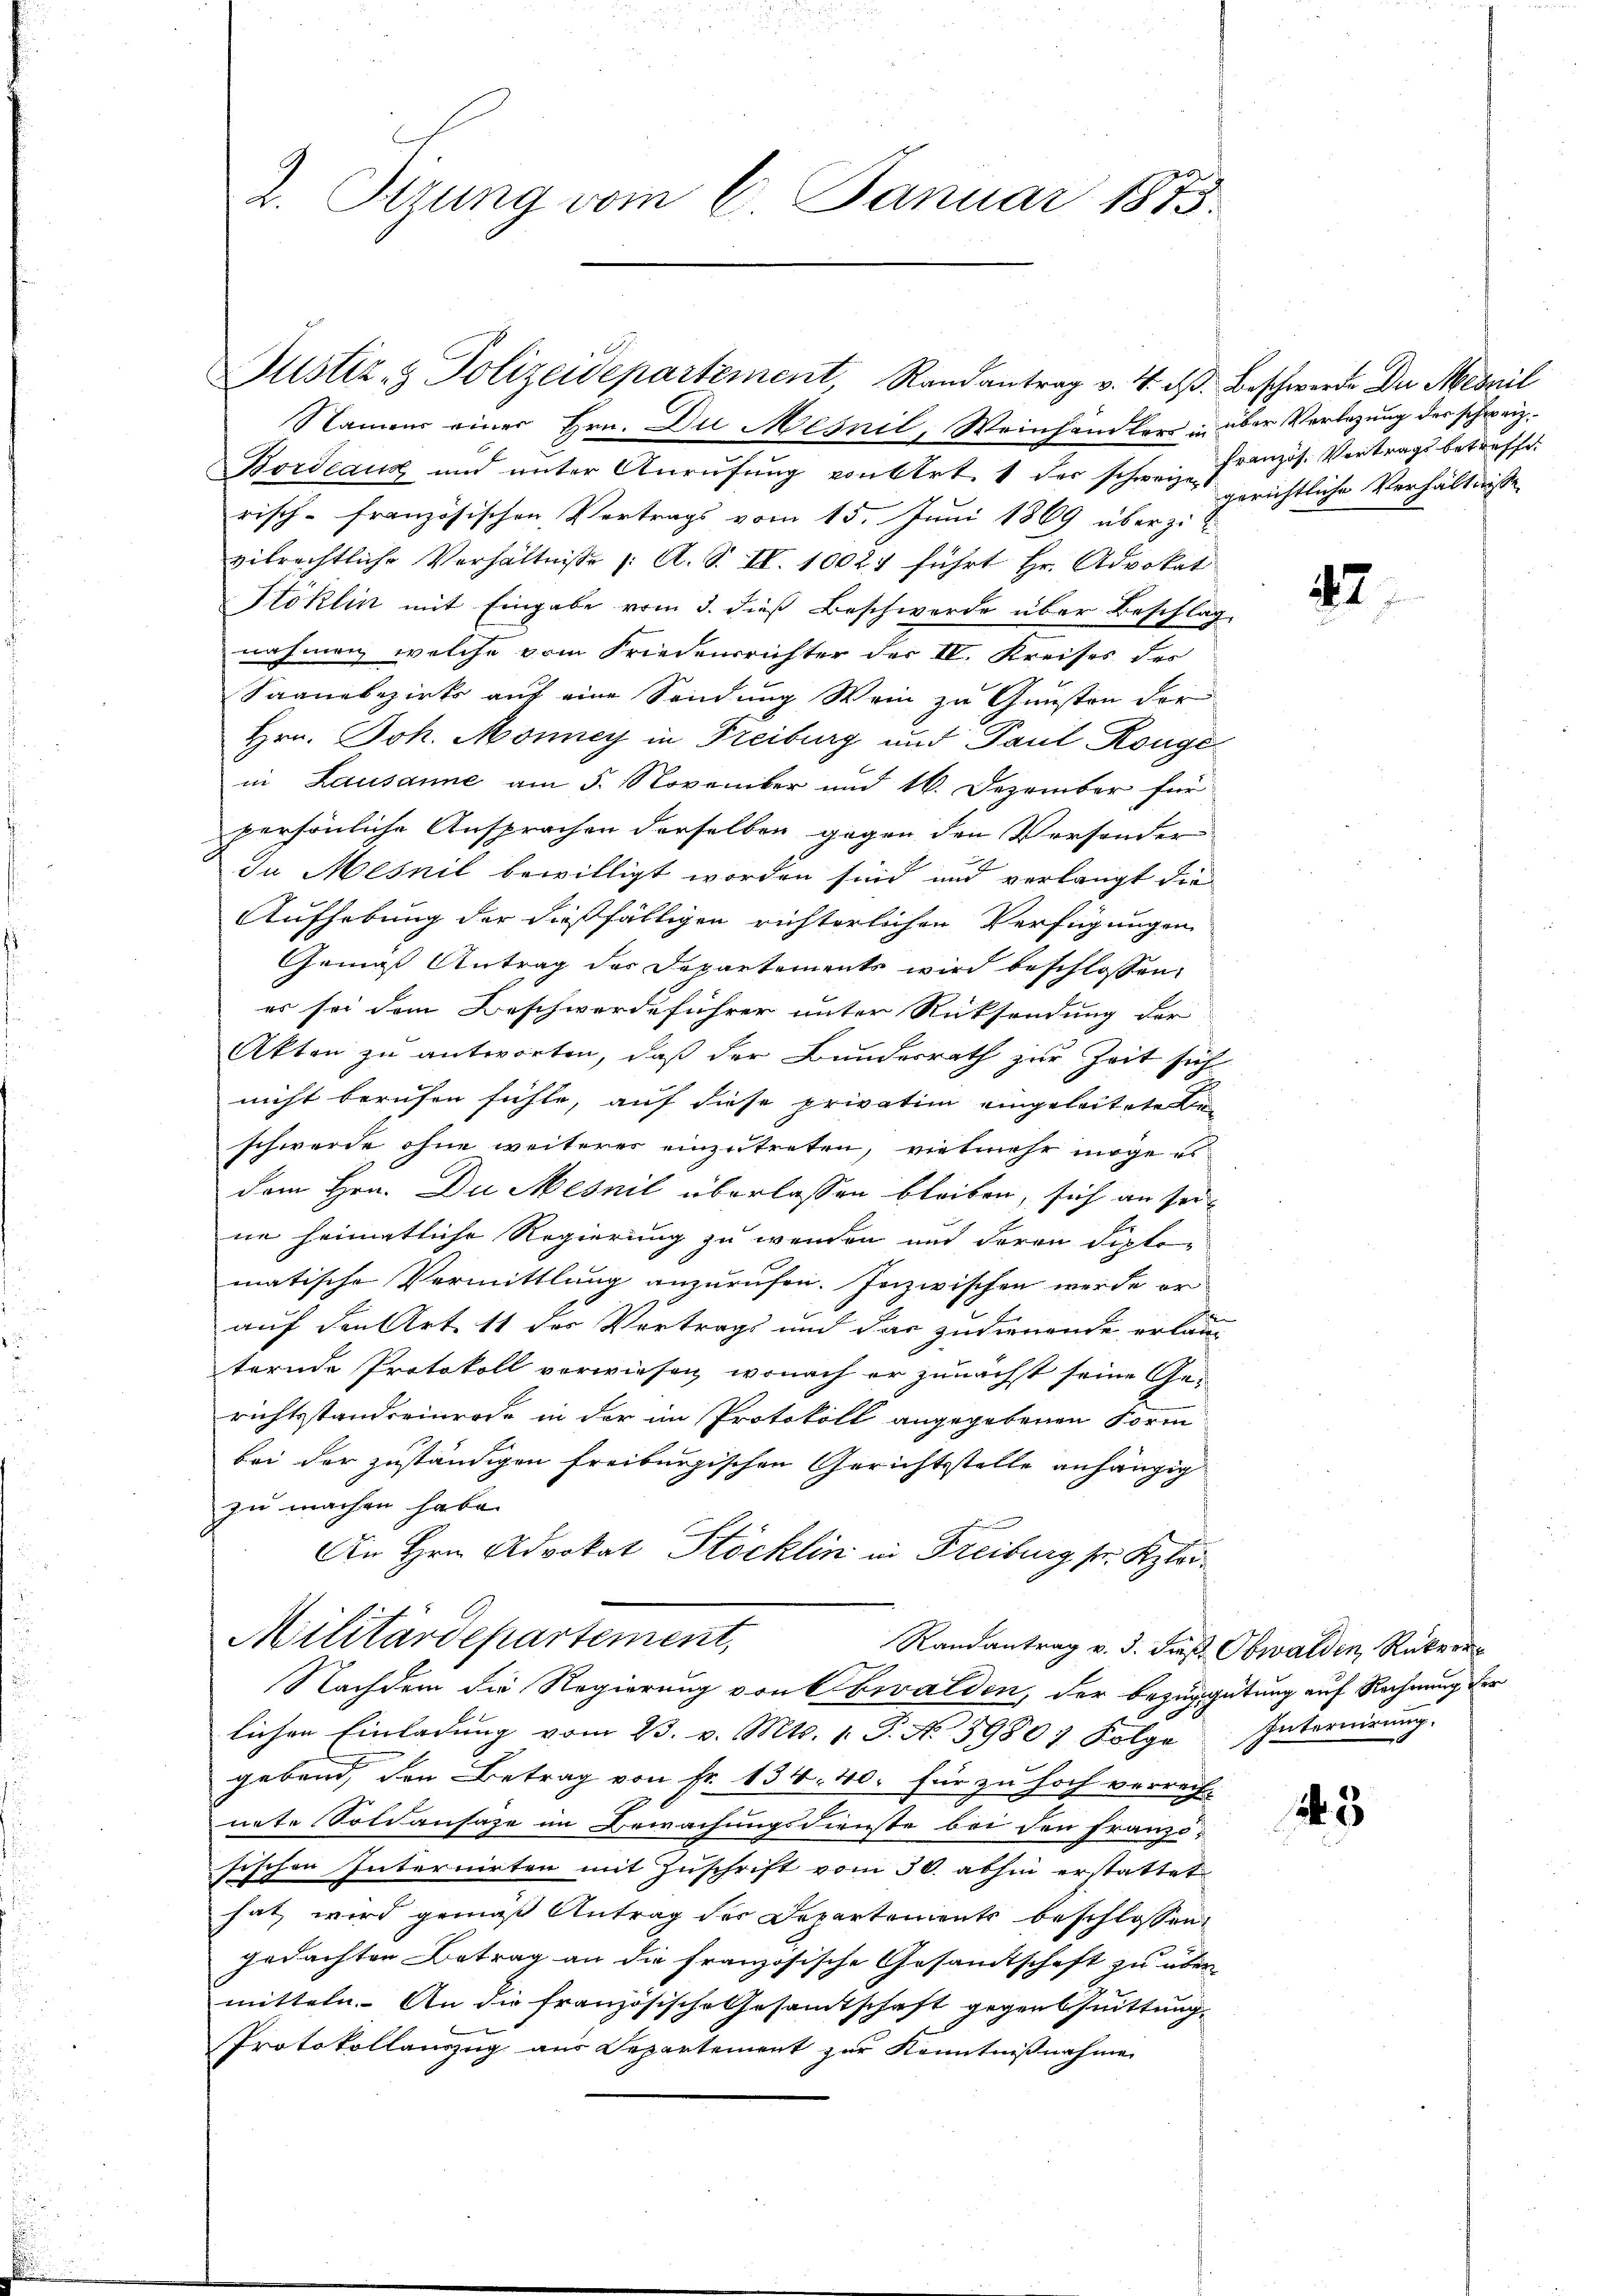
Namens einer Hrn. Du Mesnil, Weinhändlers in über Verlegung der schweiz.
Bordeaux und unter Anrufung von Art. 1 der schweizer gerichtliche Verhältnisse
risch-französischen Vertrags vom 15. Juni 1869 überzi
vilrechtliche Verhältniße 1. A. S. II. 10027 führt Hr. Advokat
Stoklin mit Eingabe vom 3. dieß Beschwerde über Beschlag
nahmen welche vom Friedensrichter der IV. Kreises der
Saanebezirks auf eine Sendung Wein zu Gunsten der
Hrn. Joh. Monney in Freiburg und Paul Kongein Lausanne am 5. November und 16. Dezember für
persönliche Ansprachen derselben gegen den Versonder
In Mesnil bewilligt worden sind und verlangt die
Aufhebung der dießfälligen richterlichen Verfügungen
Gemäß Antrag der Departements wird beschlossen,
es sei dem Beschwerdeführer unter Rücksendung der
Akten zu antworten, daß der Bundesrath zur Zeit sich
nicht berufen fühle, auf diese privation eingeleiteten
schwerde ohne weiteres einzutreten, vielmehr möge e
dem Hrn. Du Mesnil überlassen bleiben, sich an seine heimatliche Regierung zu wenden und deren Siptor
matische Vermittlung anzurufen. Inzwischen werde er
auf den Art 11 des Vertrags und das zudienende erlang
ternde Protokoll verwiesen, wonach er zunächst seine Gerichtsstanderinrode in der im Protokoll angegebenen Form
bei der zuständigen freiburgischen Gerichtsstelle anhängig
zu machen habe.
An Hrn. Advokat Stöcklin in Freiburg fr. Klei¬
Militärdepartement,
Randantrag v. 3. dieß Obwalden, Rekurr
Nachdem die Regierung von Obwalden, der Bezuggütung auf Rechnung der
lichen Einladŭng vom 23. v. Mts. 1. P. N. 39807 Folge Internirŭng.
gebend, den Betrag von Fr. 134. 40. für zu hoch verrech-
nete Soldausäze im Bewachungsdienste bei den Franzö-
sischen Internirten mit Zuschrift vom 30. abhin erstattet
hat, wird gemäß Antrag der Departements beschlossen:
gedachten Betrag an die französische Gesamtschaft zu über
mitteln. An die französische Gesamtschaft gegensuittung.
Protokollauszug aus Departement zur Kenntnißnahme

Z. Itzung vom 6. Januar 1855.

Justiz- & Polizeidepartement, Randantrag v. 4. d. Beschwerde Du Mesnil

Französ. Vortrags betreffe.

42

25